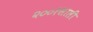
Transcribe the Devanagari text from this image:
२००१साली